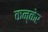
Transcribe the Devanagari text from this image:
कन्केर